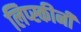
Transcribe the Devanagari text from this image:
लिप्स्कीनी